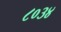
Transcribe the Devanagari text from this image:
८०३४